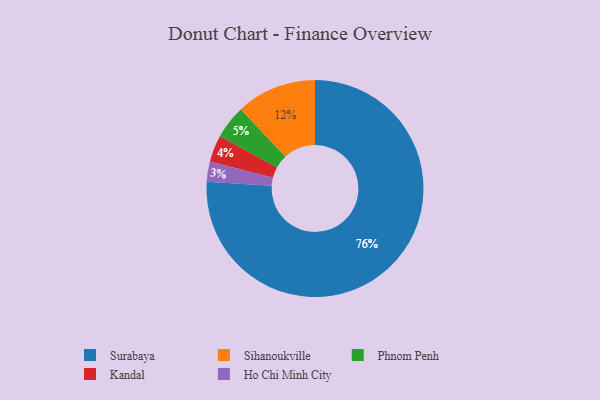
{"axis": {"x": "Category", "y": "Percentage"}, "legend": ["Ho Chi Minh City", "Kandal", "Phnom Penh", "Sihanoukville", "Surabaya"], "data": [{"x": "Kandal", "y": 4, "type": "Kandal"}, {"x": "Surabaya", "y": 76, "type": "Surabaya"}, {"x": "Sihanoukville", "y": 12, "type": "Sihanoukville"}, {"x": "Phnom Penh", "y": 5, "type": "Phnom Penh"}, {"x": "Ho Chi Minh City", "y": 3, "type": "Ho Chi Minh City"}]}